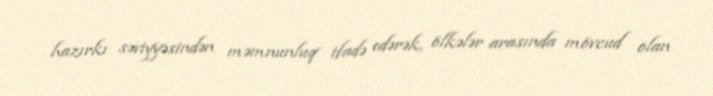
hazırkı səviyyəsindən məmnunluq ifadə edərək, ölkələr arasında mövcud olan